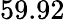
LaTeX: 59.92